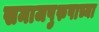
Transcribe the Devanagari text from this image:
समाजपुरुषाच्या